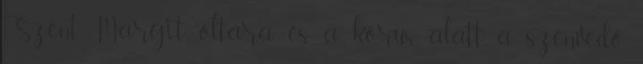
Szent Margit oltára és a kórus alatt a szenvedő